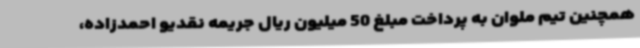
همچنین تیم ملوان به پرداخت مبلغ 50 میلیون ریال جریمه نقدیو احمدزاده،